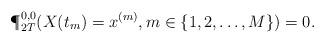
LaTeX: \begin{align*}\P^{0,0}_{2T}(X(t_m)=x^{(m)}, m \in \{1,2, \dots, M\})=0.\end{align*}